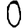
Digit: 0